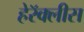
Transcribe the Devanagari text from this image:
हेरॅक्लीस